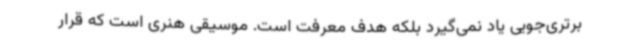
برتری‌جویی یاد نمی‌گیرد بلکه هدف معرفت است. موسیقی هنری است که قرار